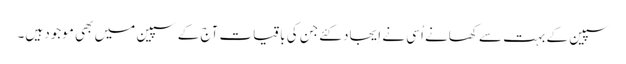
سپین کے بہت سے کھانے اُسی نے اِیجاد کئےجن کی باقیات آج کے سپین میں بھی موجود ہیں۔